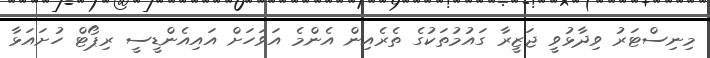
މިނިސްޓަރު ވިދާޅުވީ ޖަޒީރާ ގައުމުތަކުގެ ތެރެއިން އެންމެ އަވަހަށް އައިއެންޑީސީ ރިޕޯޓް ހުށައަޅާ